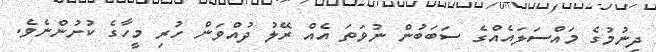
ދިނުމުގެ މައްސަލައެއްގެ ސަބަބުން ނުވަތަ އެއް ރޭލު ދުއްވަން ހުރި މީހާގެ ކުށުންނެވެ.